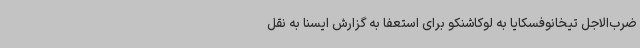
ضرب‌الاجل تیخانوفسکایا به لوکاشنکو برای استعفا به گزارش ایسنا به نقل